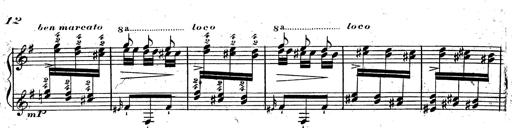
Title: Rondeau fantastique sur un thÃ¨me espagnol
Composer: Franz Liszt